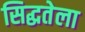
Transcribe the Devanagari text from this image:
सिद्धतेला